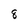
Character: 8